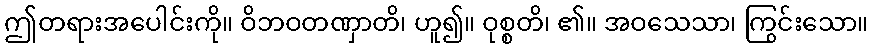
ဤတရားအပေါင်းကို။ ဝိဘဝတဏှာတိ၊ ဟူ၍။ ဝုစ္စတိ၊ ၏။ အဝသေသာ၊ ကြွင်းသော။